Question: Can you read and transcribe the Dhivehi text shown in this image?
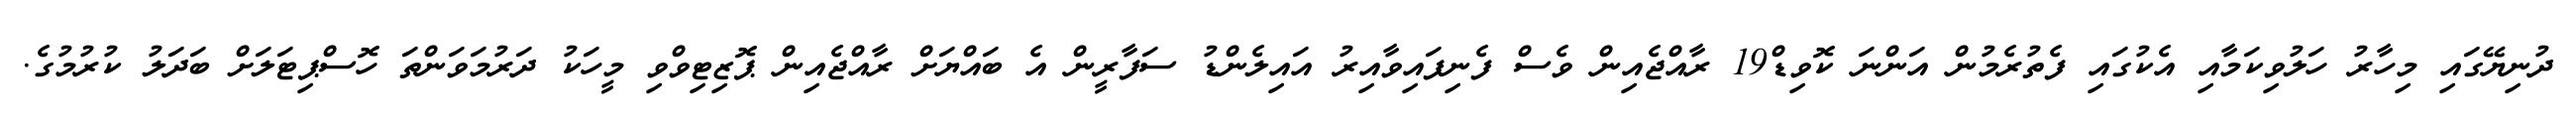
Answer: ދުނިޔޭގައި މިހާރު ހަލުވިކަމާއި އެކުގައި ފެތުރެމުން އަންނަ ކޮވިޑް19 ރާއްޖެއިން ވެސް ފެނިފައިވާއިރު އައިލެންޑު ސަފާރީން އެ ބައްޔަށް ރާއްޖެއިން ޕޮޒިޓިވްވި މީހަކު ދަރުމަވަންތަ ހޮސްޕިޓަލަށް ބަދަލު ކުރުމުގެ.